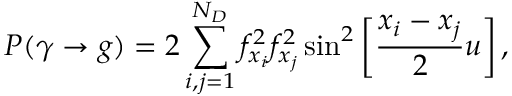
P ( \gamma \rightarrow g ) = 2 \sum _ { i , j = 1 } ^ { N _ { D } } f _ { x _ { i } } ^ { 2 } f _ { x _ { j } } ^ { 2 } \sin ^ { 2 } \left[ \frac { x _ { i } - x _ { j } } { 2 } u \right] ,